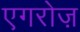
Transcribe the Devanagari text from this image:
एगरोज़